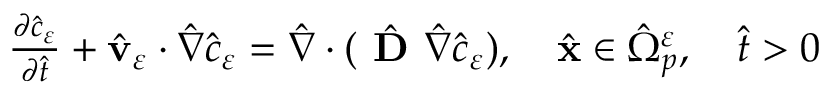
\begin{array} { r } { \frac { \partial { \hat { c } } _ { \varepsilon } } { \partial { \hat { t } } } + \hat { \mathbf v } _ { \varepsilon } \cdot { \hat { \nabla } } \hat { c } _ { \varepsilon } = { \hat { \nabla } } \cdot ( \hat { \textbf { D } } { \hat { \nabla } } \hat { c } _ { \varepsilon } ) , \quad \hat { \mathbf x } \in { \hat { \Omega } } _ { p } ^ { \varepsilon } , \quad \hat { t } > 0 } \end{array}